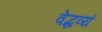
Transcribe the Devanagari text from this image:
वेद्धव्यं